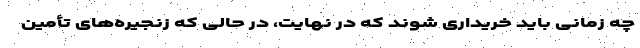
چه زمانی باید خریداری شوند که در نهایت، در حالی که زنجیره‌های تأمین